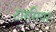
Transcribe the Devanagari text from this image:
टारसियर